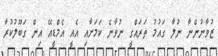
ޒުވާނުންނާ ނުލާ ގައުމު ތަރައްގީ ނުވާނެ ކަމަށާއި އެއީ އެމްޑީއޭ އިން ގަބޫލުކުރާ